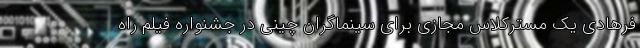
فرهادی یک مسترکلاس مجازی برای سینماگران چینی در جشنواره فیلم راه